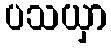
ပသယှာ